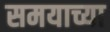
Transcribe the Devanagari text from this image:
समयाच्या